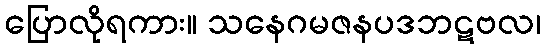
ပြောလိုရကား။ သနေဂမဇနပဒဘဋဗလ၊